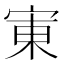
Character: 𫳒